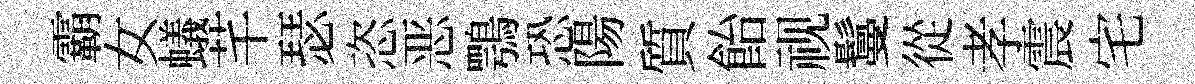
霸女蟻芊瑟恣恶鶚恐陽質飴视鬘從孝震宅